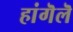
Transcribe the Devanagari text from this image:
हांगॆलॆ